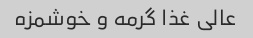
عالی غذا گرمه و خوشمزه